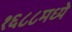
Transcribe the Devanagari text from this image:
१६८८मध्ये